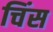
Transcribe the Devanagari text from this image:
चिंस